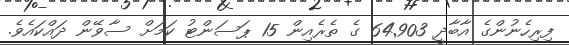
ފިރިހެނުންގެ އާބާދީ 64